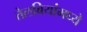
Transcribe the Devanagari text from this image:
तेलबियांमध्ये